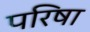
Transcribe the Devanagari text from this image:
परिषा